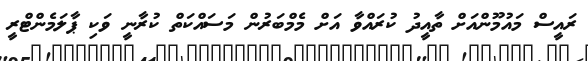
ރައީސް މައުމޫންއަށް ތާއީދު ކުރައްވާ އަށް މެމްބަރުން މަސައްކަތް ކުރާނީ ވަކި ޕާލަމެންޓްރީ